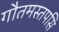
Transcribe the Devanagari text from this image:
गौतमस्तपसि